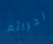
لجرائم